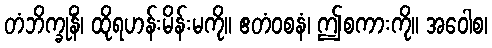
တံဘိက္ခုနိံ၊ ထိုရဟန်းမိန်းမကို။ ဧတံဝစနံ၊ ဤစကားကို။ အဝေါစ၊